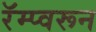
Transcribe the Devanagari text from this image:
रॅम्प्वरून